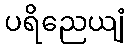
ပရိညေယျံ